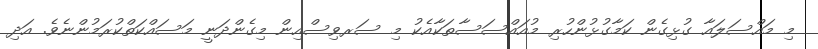
މި މައްސަލައާ ގުޅިގެން ކަމާގުޅުންހުރި މުއައްސަސާތަކާއެކު މި ސަރވިސްއިން މިގެންދަނީ މަސައްކަތްކުރަމުންނެވެ. އަދި